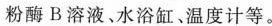
酶B溶液、水浴缸温度计等。